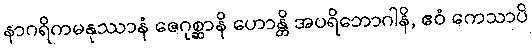
နာဂရိကမနုဿာနံ ဇေဂုစ္ဆာနိ ဟောန္တိ အပရိဘောဂါနိ, ဧဝံ ကေသာပိ